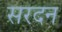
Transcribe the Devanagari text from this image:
सरदन